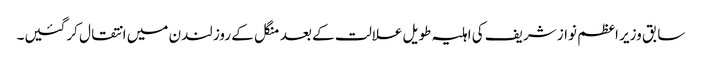
سابق وزیر اعظم نواز شریف کی اہلیہ طویل علالت کے بعد منگل کے روز لندن میں انتقال کرگئیں۔